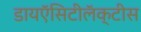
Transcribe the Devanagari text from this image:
डायऍसिटीलॅक्‍टीस